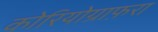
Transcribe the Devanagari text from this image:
कोरियोग्राफ़रा